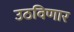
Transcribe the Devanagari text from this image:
उठविणार